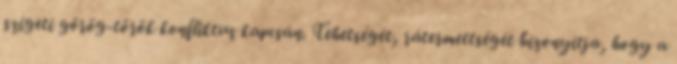
szigeti görög-török konfliktus kapcsán. Tehetségét, rátermettségét bizonyítja, hogy a